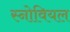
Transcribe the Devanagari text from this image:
स्नोवियल